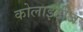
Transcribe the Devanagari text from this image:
कोलाइटीज